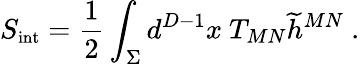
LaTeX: S_{\mathrm{{\small int}}}={\frac{1}{2}}\int_{\Sigma}d^{D-1}x~T_{MN}{\widetilde h}^{MN}~.